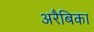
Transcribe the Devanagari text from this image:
अरैबिका